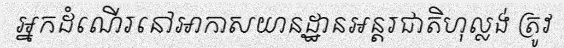
អ្នកដំណើរនៅអាកាសយានដ្ឋានអន្តរជាតិហុល្លង់ ត្រូវ